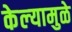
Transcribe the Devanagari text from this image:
केल्‍यामुळे